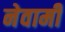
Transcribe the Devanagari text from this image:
नेवामी